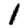
Digit: 1